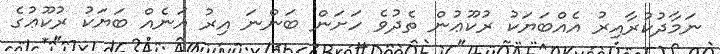
ނަމާދުކުރާއިރު އެއްބަޔަކު ރުކޫޢުން ތެދުވެ ހަށަން ބަންނަ އިރު އަނެއް ބަޔަކު ރުކޫޢުގެ